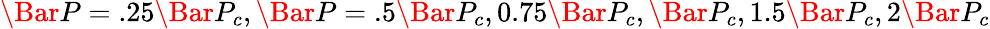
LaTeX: \Bar{P}=.25\Bar{P}_{c},\Bar{P}=.5\Bar{P}_{c},0.75\Bar{P}_{c},\Bar{P}_{c},1.5\Bar{P}_{c},2\Bar{P}_{c}